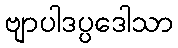
ဗျာပါဒပ္ပဒေါသာ